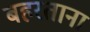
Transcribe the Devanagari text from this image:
बहरताना